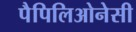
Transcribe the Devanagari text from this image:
पैपिलिओनेसी